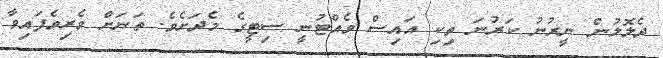
ދެލޮލުން ނީރުނު ކަރުނަ ތިކި އައިސް ވެއްޓުނީ ސިޓީގެ މެދަށެވެ. ތަނަށް ވެރިވެފައިވާ